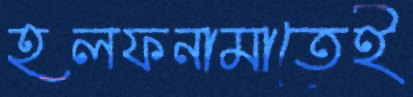
হলফনামাতেই